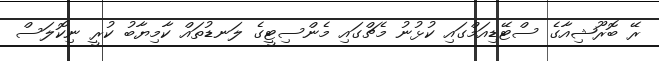
ރޭ ބޮރޫޝިއާގެ ސްޓޭޑިއަމްގައި ކުޅުނު މެޗްގައި މެންސިޓީގެ ލަނޑުތައް ކާމިޔާބު ކުރީ ނިކޮލަސް